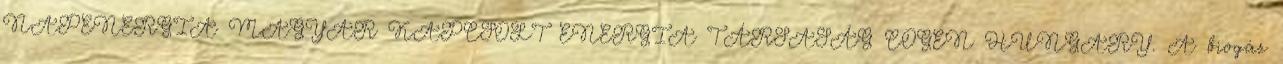
NAPENERGIA MAGYAR KAPCSOLT ENERGIA TÁRSASÁG COGEN HUNGARY. A biogáz